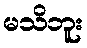
မသိဘူး